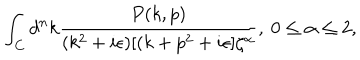
LaTeX: \int _ { C } d ^ { n } k { \frac { P ( k , p ) } { ( k ^ { 2 } + i \epsilon ) [ ( k + p ^ { 2 } + i \epsilon ] \zeta ^ { \alpha } } } , \ 0 \leq \alpha \leq 2 ,